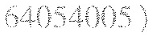
64054005)